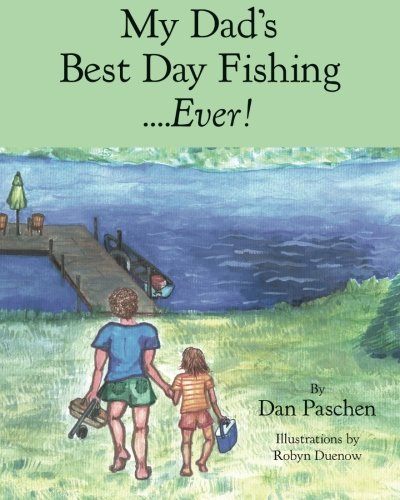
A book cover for My Dad's Best Day Fishing....Ever!; Dan Paschen; Children's Books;